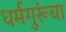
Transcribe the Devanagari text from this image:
धर्मगुरूंचा